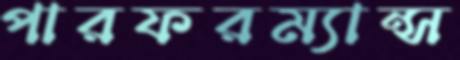
পারফরম্যান্স